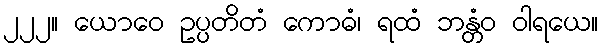
၂၂၂။ ယောဝေ ဥပ္ပတိတံ ကောဓံ၊ ရထံ ဘန္တံဝ ဝါရယေ။